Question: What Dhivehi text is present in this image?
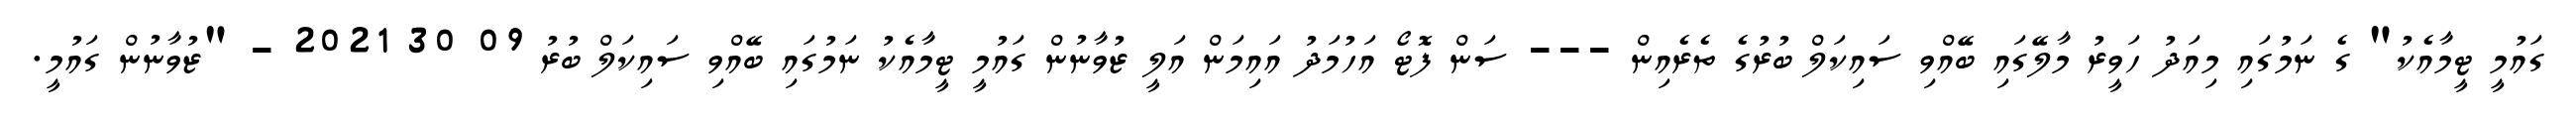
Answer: ގައުމީ ޓީމާއެކު" ގެ ނަމުގައި މިއަދު ހަވީރު މާލޭގައި ބޭއްވި ސައިކަލް ބުރުގެ ތެރެއިން --- ސަން ފޮޓޯ އަހުމަދު އައިމަން އަލީ ޒުވާނުން ގައުމީ ޓީމާއެކު ނަމުގައި ބޭއްވި ސައިކަލް ބުރު 09 30 2021 - "ޒުވާނުން ގައުމީ.